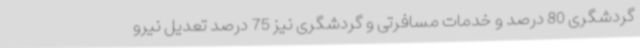
گردشگری 80 درصد و خدمات مسافرتی و گردشگری نیز 75 درصد تعدیل نیرو